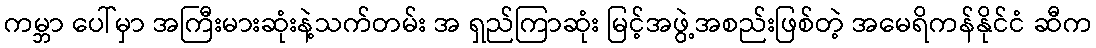
ကမ္ဘာ ပေါ်မှာ အကြီးမားဆုံးနဲ့သက်တမ်း အ ရှည်ကြာဆုံး မြင့်အဖွဲ့အစည်းဖြစ်တဲ့ အမေရိကန်နိုင်ငံ ဆီက